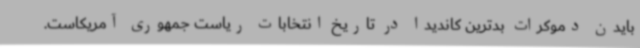
بایدن دموکرات بدترین کاندیدا در تاریخ انتخابات ریاست جمهوری آمریکاست.